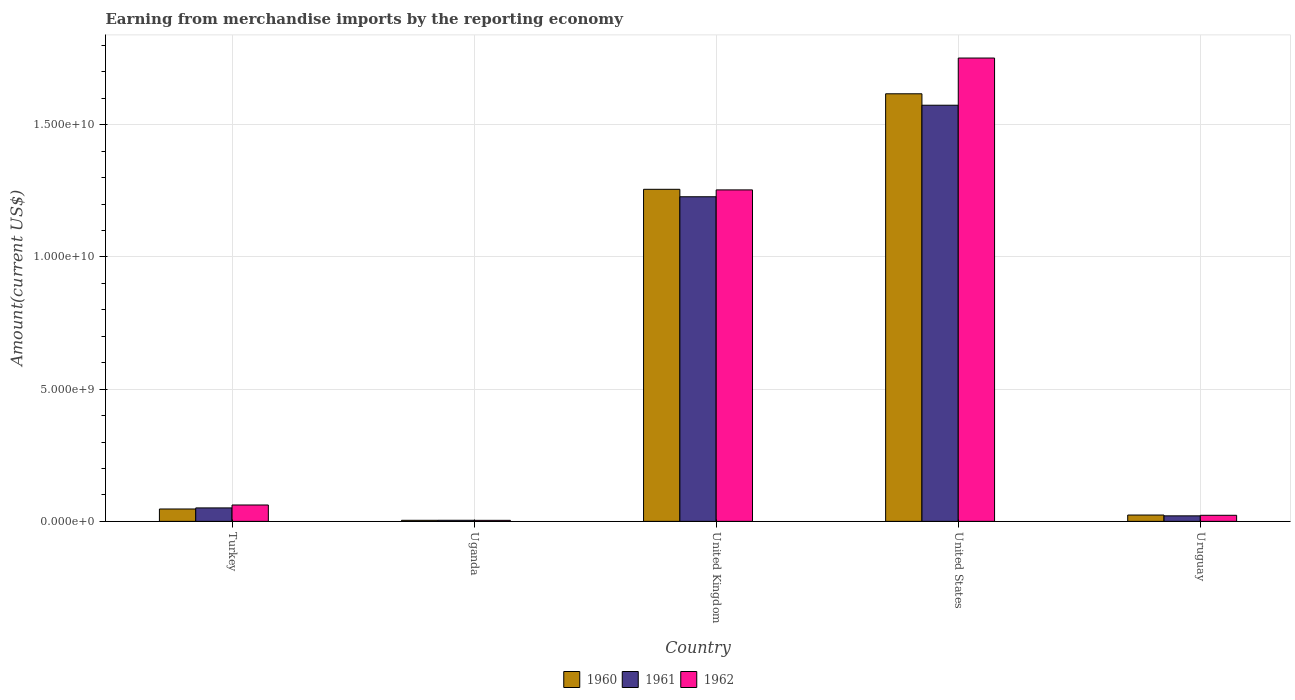
| Country | 1960 | 1961 | 1962 |
 | --- | --- | --- | --- |
 | Turkey | 4.68e+08 | 5.09e+08 | 6.19e+08 |
 | Uganda | 4.01e+07 | 4.11e+07 | 3.9e+07 |
 | United Kingdom | 1.26e+10 | 1.23e+10 | 1.25e+10 |
 | United States | 1.62e+10 | 1.57e+10 | 1.75e+10 |
 | Uruguay | 2.39e+08 | 2.08e+08 | 2.3e+08 |